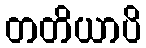
တတိယာပိ